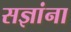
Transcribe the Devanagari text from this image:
सज्ञांना